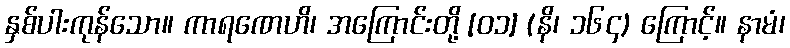
နှစ်ပါးကုန်သော။ ကာရဏေဟိ၊ အကြောင်းတို့ [၀၁] (နိ၊ ၁၆၄) ကြောင့်။ နာမံ၊